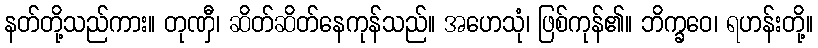
နတ်တို့သည်ကား။ တုဏှီ၊ ဆိတ်ဆိတ်နေကုန်သည်။ အဟေသုံ၊ ဖြစ်ကုန်၏။ ဘိက္ခဝေ၊ ရဟန်းတို့။